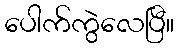
ပေါက်ကွဲလေပြီ။